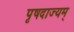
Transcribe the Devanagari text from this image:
पृषदाज्यम्